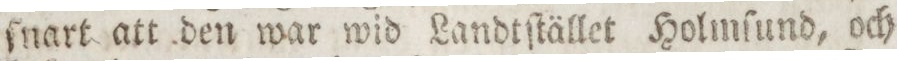
ſnart att den war wid Landtſtället Holmſund, och